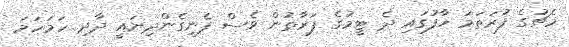
މެޗުގެ ފުރަތަމަ ހާފުގައި ދެ ޓީމުގެ ފަރާތުން ވެސް ފެނިގެންދިޔައީ ދާދި ހަމަހަމަ